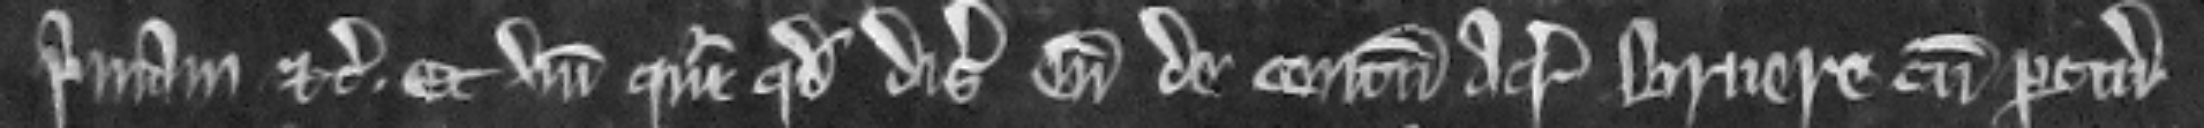
primam etc. Et unde queritur quod disseisiverunt eum de centum acris bruere cum pertinenciis.